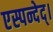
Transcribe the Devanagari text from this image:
एस्पन्देद्।